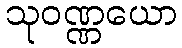
သုဝဏ္ဏယော